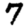
Digit: 7